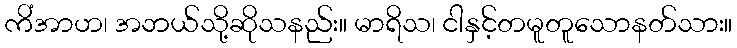
ကိံအာဟ၊ အဘယ်သို့ဆိုသနည်း။ မာရိသ၊ ငါနှင့်တမူတူသောနတ်သား။